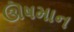
ઊષમાન